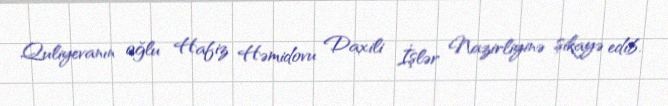
Quliyevanın oğlu Hafiz Həmidovu Daxili İşlər Nazirliyinə şikayə edib.